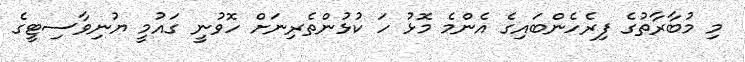
މި މުބާރާތުގެ ފިރެހެންބައިގެ އެންމެ މޮޅު ހަ ކުޅުންތެރިނަށް ހޮވުނީ ގައުމީ ޔުނިވާސިޓީގެ